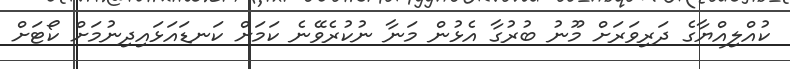
ކުއްލިއްޔާގެ ދަރިވަރަށް މޫނު ބުރުގާ އެޅުން މަނާ ނުކުރެވޭނެ ކަމަށް ކަނޑައަޅައިދިނުމަށް ކޯޓަށް